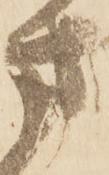
方